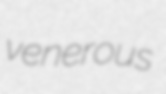
venerous